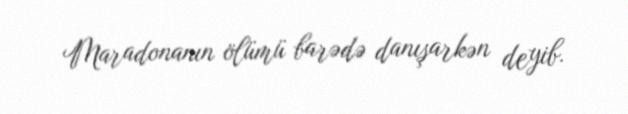
Maradonanın ölümü barədə danışarkən deyib.